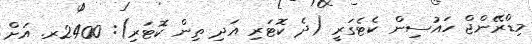
މިޑްރޭންޖް ހައުސިން ކެޓެގަރީ (ދެ ކޮޓަރި އަދި ތިން ކޮޓަރި): 2400ރ. އަށް